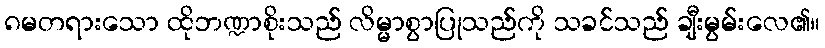
၈မတရားသော ထိုဘဏ္ဍာစိုးသည် လိမ္မာစွာပြုသည်ကို သခင်သည် ချီးမွမ်းလေ၏။